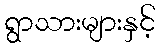
ရွာသားများနှင့်